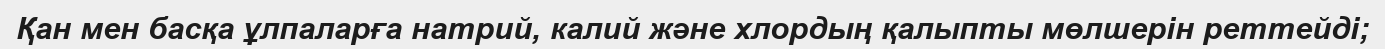
Қан мен басқа ұлпаларға натрий, калий және хлордың қалыпты мөлшерін реттейді;